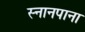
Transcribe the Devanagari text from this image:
स्नानपाना